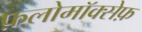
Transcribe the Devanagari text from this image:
फ़्लोमॉक्सेफ़